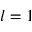
l = 1